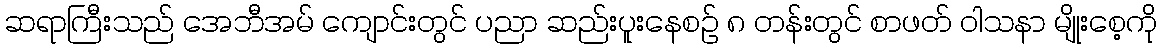
ဆရာကြီးသည် အေဘီအမ် ကျောင်းတွင် ပညာ ဆည်းပူးနေစဉ် ၈ တန်းတွင် စာဖတ် ဝါသနာ မျိုးစေ့ကို